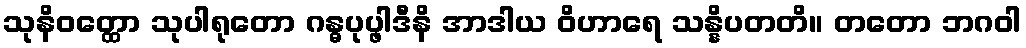
သုနိဝတ္ထော သုပါရုတော ဂန္ဓပုပ္ဖါဒီနိ အာဒါယ ဝိဟာရေ သန္နိပတတိ။ တတော ဘဂဝါ